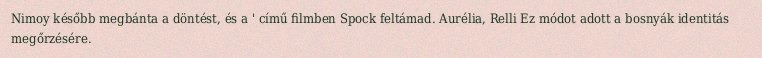
Nimoy később megbánta a döntést, és a ' című filmben Spock feltámad. Aurélia, Relli Ez módot adott a bosnyák identitás megőrzésére.